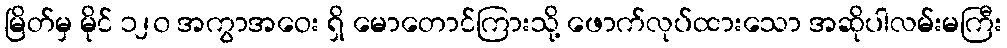
မြိတ်မှ မိုင် ၁၂၀ အကွာအဝေး ရှိ မောတောင်ကြားသို့ ဖောက်လုပ်ထားသော အဆိုပါလမ်းမကြီး